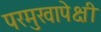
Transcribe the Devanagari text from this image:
परमुखापेक्षी